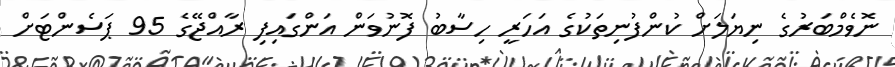
ނޮވެމްބަރުގެ ނިޔަލަށް ކުންފުނިތަކުގެ އަހަރީ ހިސާބު ފޮނުވަން އަންގައިފި ރާއްޖޭގެ 95 ޕަސެންޓަށް